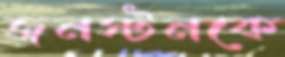
জনস্টনকে